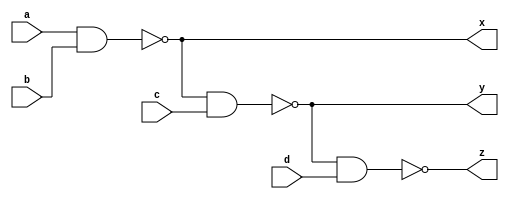
`timescale 1ns / 1ps

module four_input_nand_gate(
    input a,b,c,d,
    output x,y,z
    );
    assign x=~(a&b);
    assign y=~(x&c);
    assign z=~(y&d);
endmodule